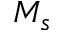
M _ { s }